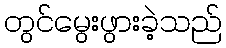
တွင်မွေးဖွားခဲ့သည်